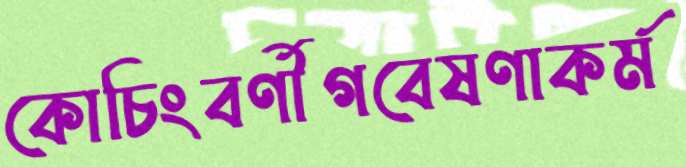
কোচিংবর্ণীগবেষণাকর্ম